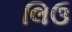
લિઉ